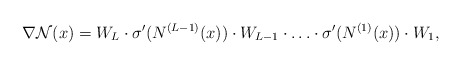
\begin{align*}\nabla \mathcal{N}(x)=W_{L} \cdot \sigma'( N^{(L-1)}(x)) \cdot W_{L-1} \cdot \ldots \cdot \sigma'(N^{(1)}(x))\cdot W_{1},\end{align*}